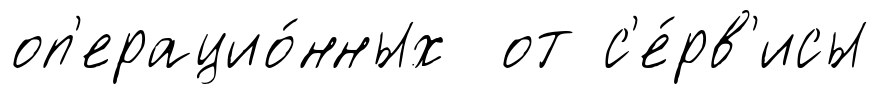
оп'ерацио́нных от с'е́рв'исы